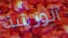
الورشة